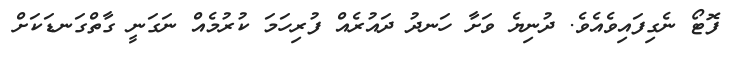
ފޮޓޯ ނެގިފައިވެއެވެ. ދުނިޔެ ވަށާ ހަނދު ދައުރެއް ފުރިހަމަ ކުރުމެއް ނަގަނީ ގާތްގަނޑަކަށް